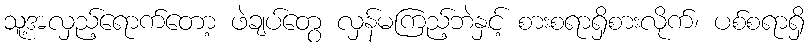
သူ့အလှည့်ရောက်တော့ ဖဲချပ်တွေ လှန်မကြည့်ဘဲနှင့် စားစရာရှိစားလိုက်၊ ပစ်စရာရှိ